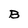
Character: B